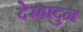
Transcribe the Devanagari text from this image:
देरहादुन